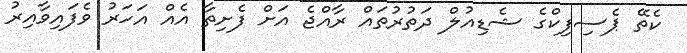
ކެތޭ ޕެސިފިކްގެ ޝެޑިއުލް ދަތުރުތައް ރާއްޖެ އަށް ފެށިތާ އެއް އަހަރު ވެފައިވާއިރު